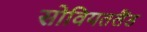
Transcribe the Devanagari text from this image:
सोवियतलैंड